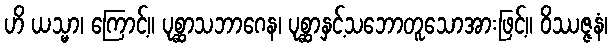
ဟိ ယသ္မာ၊ ကြောင့်။ ပုစ္ဆာသဘာဂေန၊ ပုစ္ဆာနှင့်သဘောတူသောအားဖြင့်။ ဝိဿဇ္ဇနံ၊